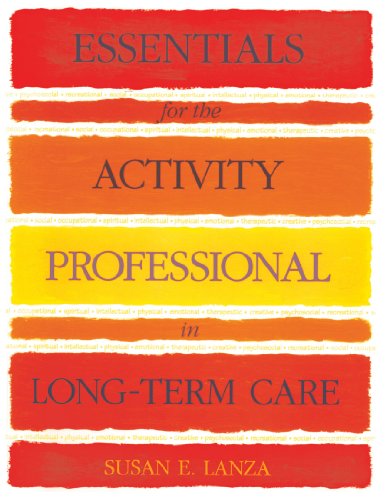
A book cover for Essentials for the Activity Professional in Long Term Care; Sue Lanza; Medical Books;